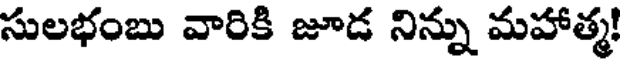
సులభంబు వారికి జూడ నిన్ను మహాత్మ!